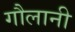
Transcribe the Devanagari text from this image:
गौलानी